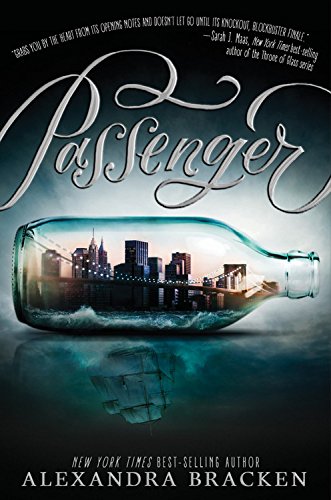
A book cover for Passenger; Alexandra Bracken; Teen & Young Adult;